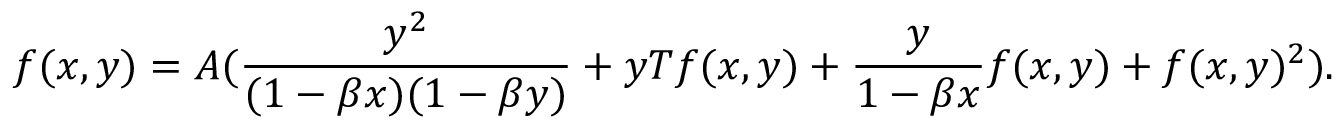
f ( x , y ) = A ( \frac { y ^ { 2 } } { ( 1 - \beta x ) ( 1 - \beta y ) } + y T f ( x , y ) + \frac { y } { 1 - \beta x } f ( x , y ) + f ( x , y ) ^ { 2 } ) .